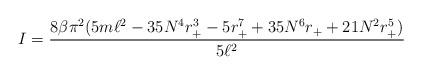
LaTeX: \begin{align*}I=\frac{8\beta \pi ^{2}(5m\ell^{2}-35N^{4}r_{+}^{3}-5r_{+}^{7}+35N^{6}r_{+}+21N^{2}r_{+}^{5})}{5\ell ^{2}}\end{align*}